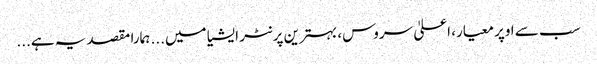
سب سے اوپر معیار، اعلیٰ سروس، بہترین پرنٹر ایشیا میں... ہمارا مقصد یہ ہے...